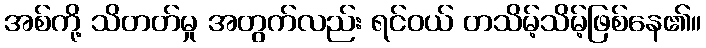
အစ်ကို့ သိတတ်မှု အတွက်လည်း ရင်ဝယ် တသိမ့်သိမ့်ဖြစ်နေ၏။